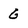
Character: G